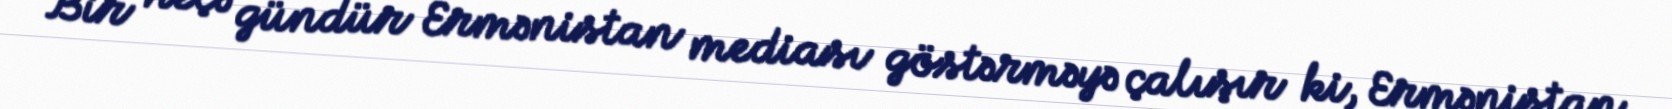
Bir neçə gündür Ermənistan mediası göstərməyə çalışır ki, Ermənistan